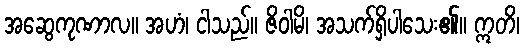
အဆွေကုဏာလ။ အဟံ၊ ငါသည်။ ဇိဝါမိ၊ အသက်ရှိပါသေး၏။ ဣတိ၊